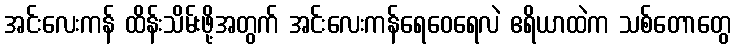
အင်းလေးကန် ထိန်းသိမ်းဖို့အတွက် အင်းလေးကန်ရေဝေရေလဲ ဧရိယာထဲက သစ်တောတွေ